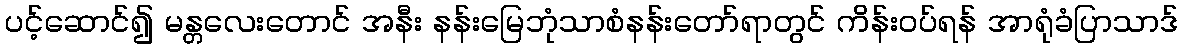
ပင့်ဆောင်၍ မန္တလေးတောင် အနီး နန်းမြေဘုံသာစံနန်းတော်ရာတွင် ကိန်းဝပ်ရန် အာရုံခံပြာသာဒ်